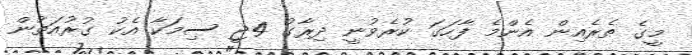
މީގެ ތެރެއިން އެންމެ ފާހަގަ ކުރެވުނީ ދިރާގު 4ޖީ ސިމަކާ އެކު ގުރުއަތުން